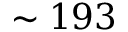
\sim 1 9 3